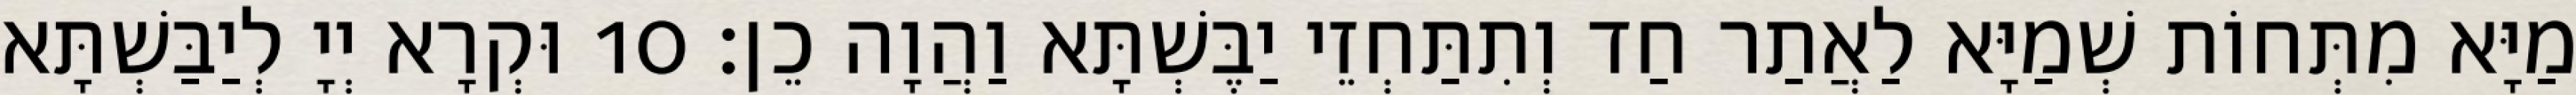
מַיָּא מִתְּחוֹת שְׁמַיָּא לַאֲתַר חַד וְתִתַּחְזֵי יַבֶּשְׁתָּא וַהֲוָה כֵן׃ 10 וּקְרָא יְיָ לְיַבַּשְׁתָּא